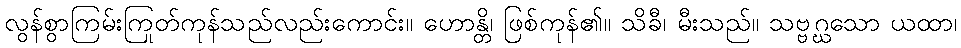
လွန်စွာကြမ်းကြုတ်ကုန်သည်လည်းကောင်း။ ဟောန္တိ၊ ဖြစ်ကုန်၏။ သိခီ၊ မီးသည်။ သဗ္ဗဂ္ဃသော ယထာ၊